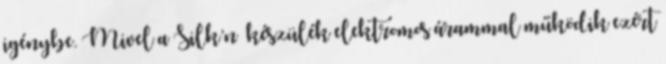
igénybe. Mivel a Silk’n ™készülék elektromos árammal működik ezért